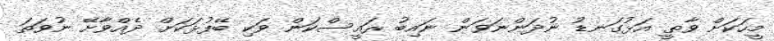
މީހަކަށް ވާތީ އަޅުގަނޑު ނުދަންނަވަން ނައިބު ރައީސްކަން ވަކި ބޭފުޅަކަށް ދެއްވާށޭ ނުވަތަ